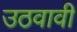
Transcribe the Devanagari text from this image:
उठवावी